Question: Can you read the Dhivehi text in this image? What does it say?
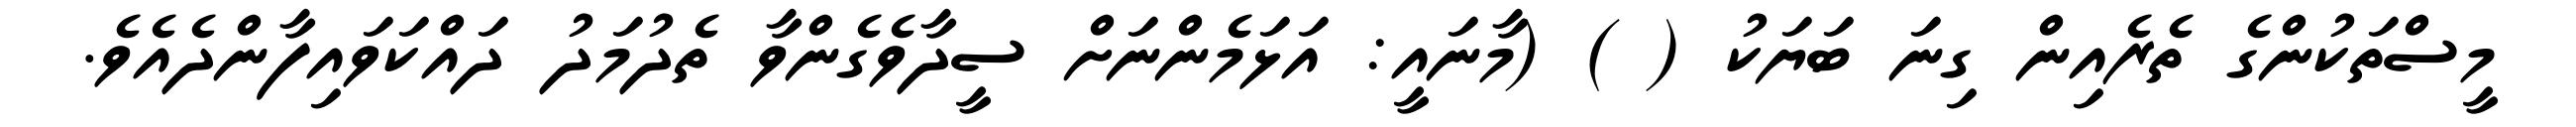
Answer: މީސްތަކުންގެ ތެރެއިން ގިނަ ބަޔަކު ( ) (މާނައީ: އަޅަމެންނަށް ސީދާވެގެންވާ ތެދުމަދު ދައްކަވައިފާންދެއެވެ.